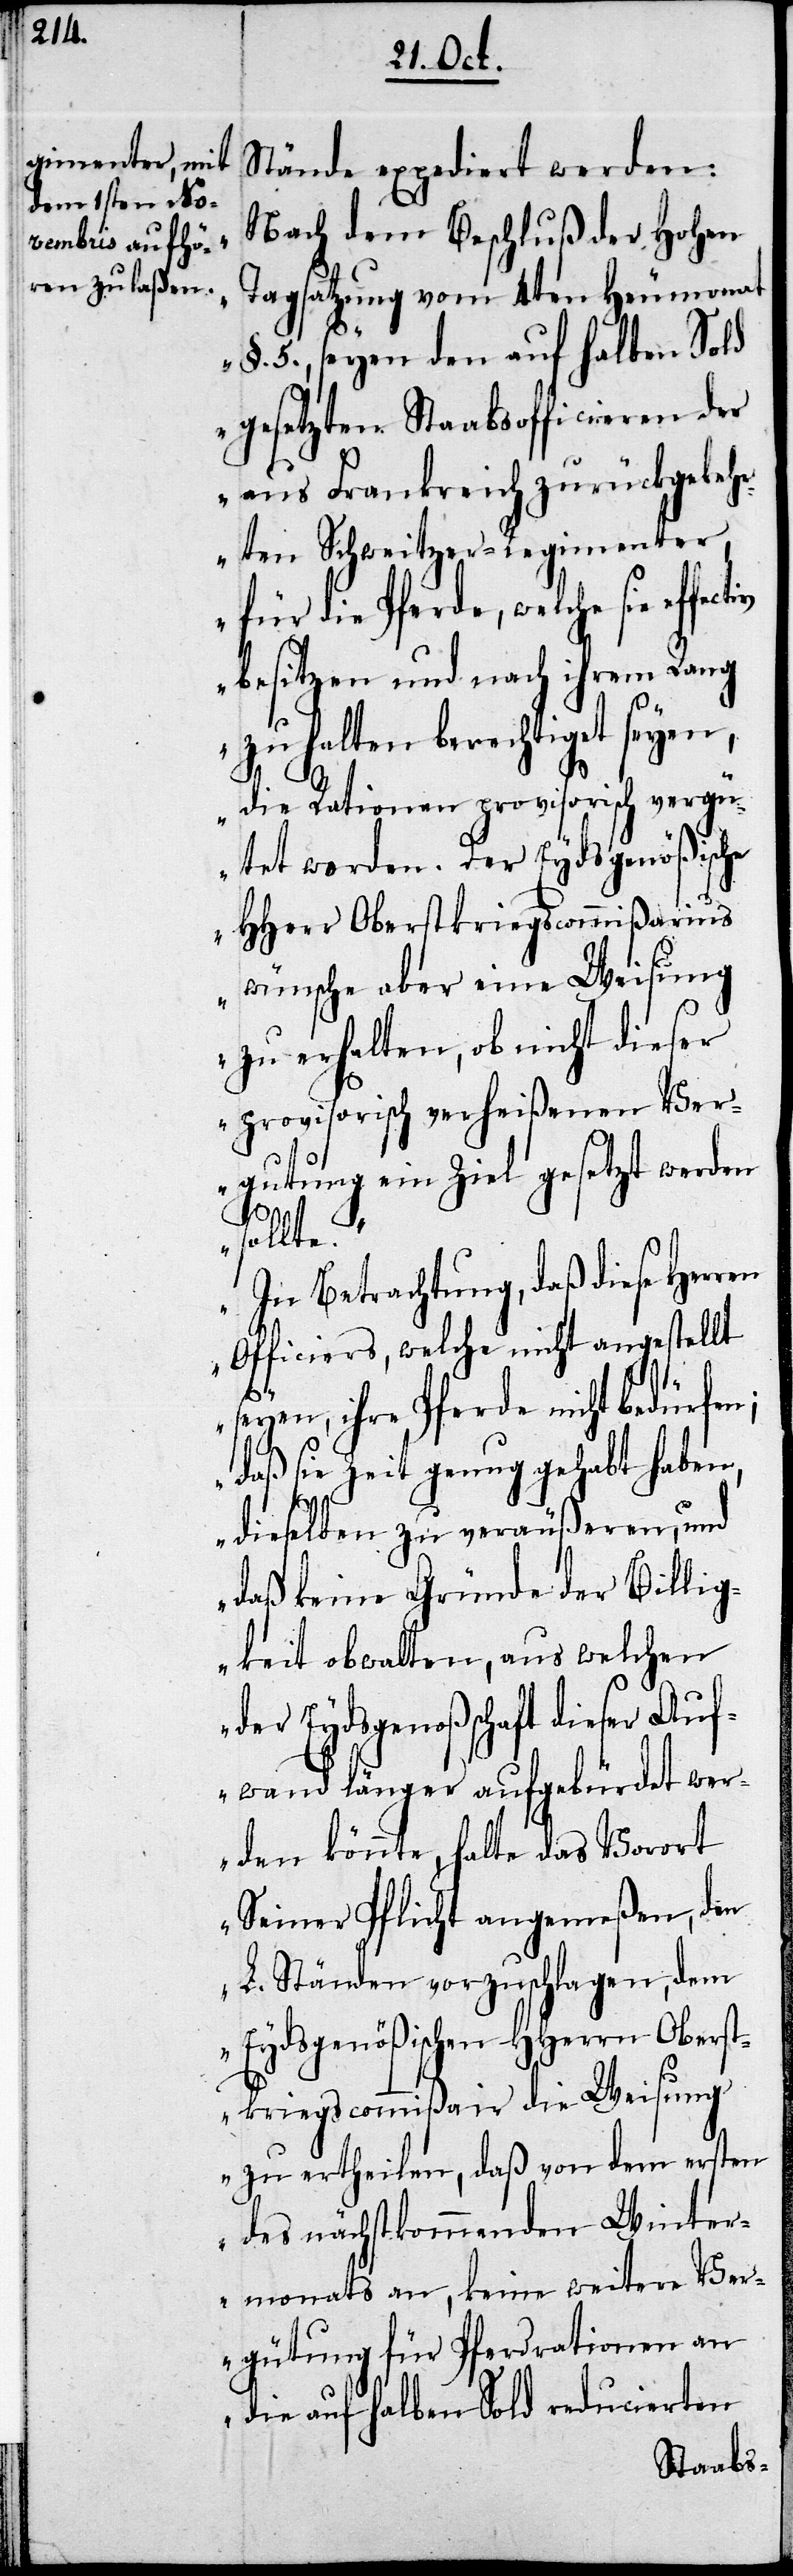
Stände expediert werden:
„Nach dem Beschluß der Hohen
Tagsatzung von 4ten Heumonat
n Sold
§. 5, seyen den auf h¬
gesetzten Staabsofficieren der
aus Frankreich zurückgekeh¬
rten Schweitzer-Regimenter
für die Pferde, welche sie
besitzen und nach ihrem Rang
zu halten berechtiget seyen,
die Rationen provisorische vergü¬
tet worden. Der Eydsgenößische
HHerr Oberstkriegscommißarius
wünsche aber eine Weisung
zu erhalten, ob nicht dieser
provisorisch verheißenen Ve¬
rgutung ein Ziel gesetzt werden
sollte.
In Betrachtung, daß diese Herren
Officiers, welche nicht angestellt
seyen, ihre Pferde nicht bedürfen;
daß sie Zeit genug gehabt haben,
dieselben zu veräußeren, und
daß keine Gründe der Billig¬
keit obwalten, aus welchen
der Eydsgenoßenschaft dieser Auf¬
wand länger aufgebürdet wer¬
den könnte, halte das Vorort
Seiner Pflicht angemeßen, den
L. Ständen vorzuschlagen, dem
Eydsgenößischen HHerrn Oberst¬
kriegscommißair die Weisung
zu ertheilen, daß von dem ersten
des nächstkommenden Winter¬
smonats an, keine weitere Ver¬
gütung für Pferderationen an
die auf halben Sold reducierten